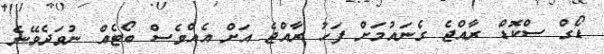
ޑޯގް ސްކޮޑް ރާއްޖެ ގެނައުމަށް ފަހު ރާއްޖެ އަށް އެއްވެސް ބޯޓެއް ނުވަދެވޭނެ